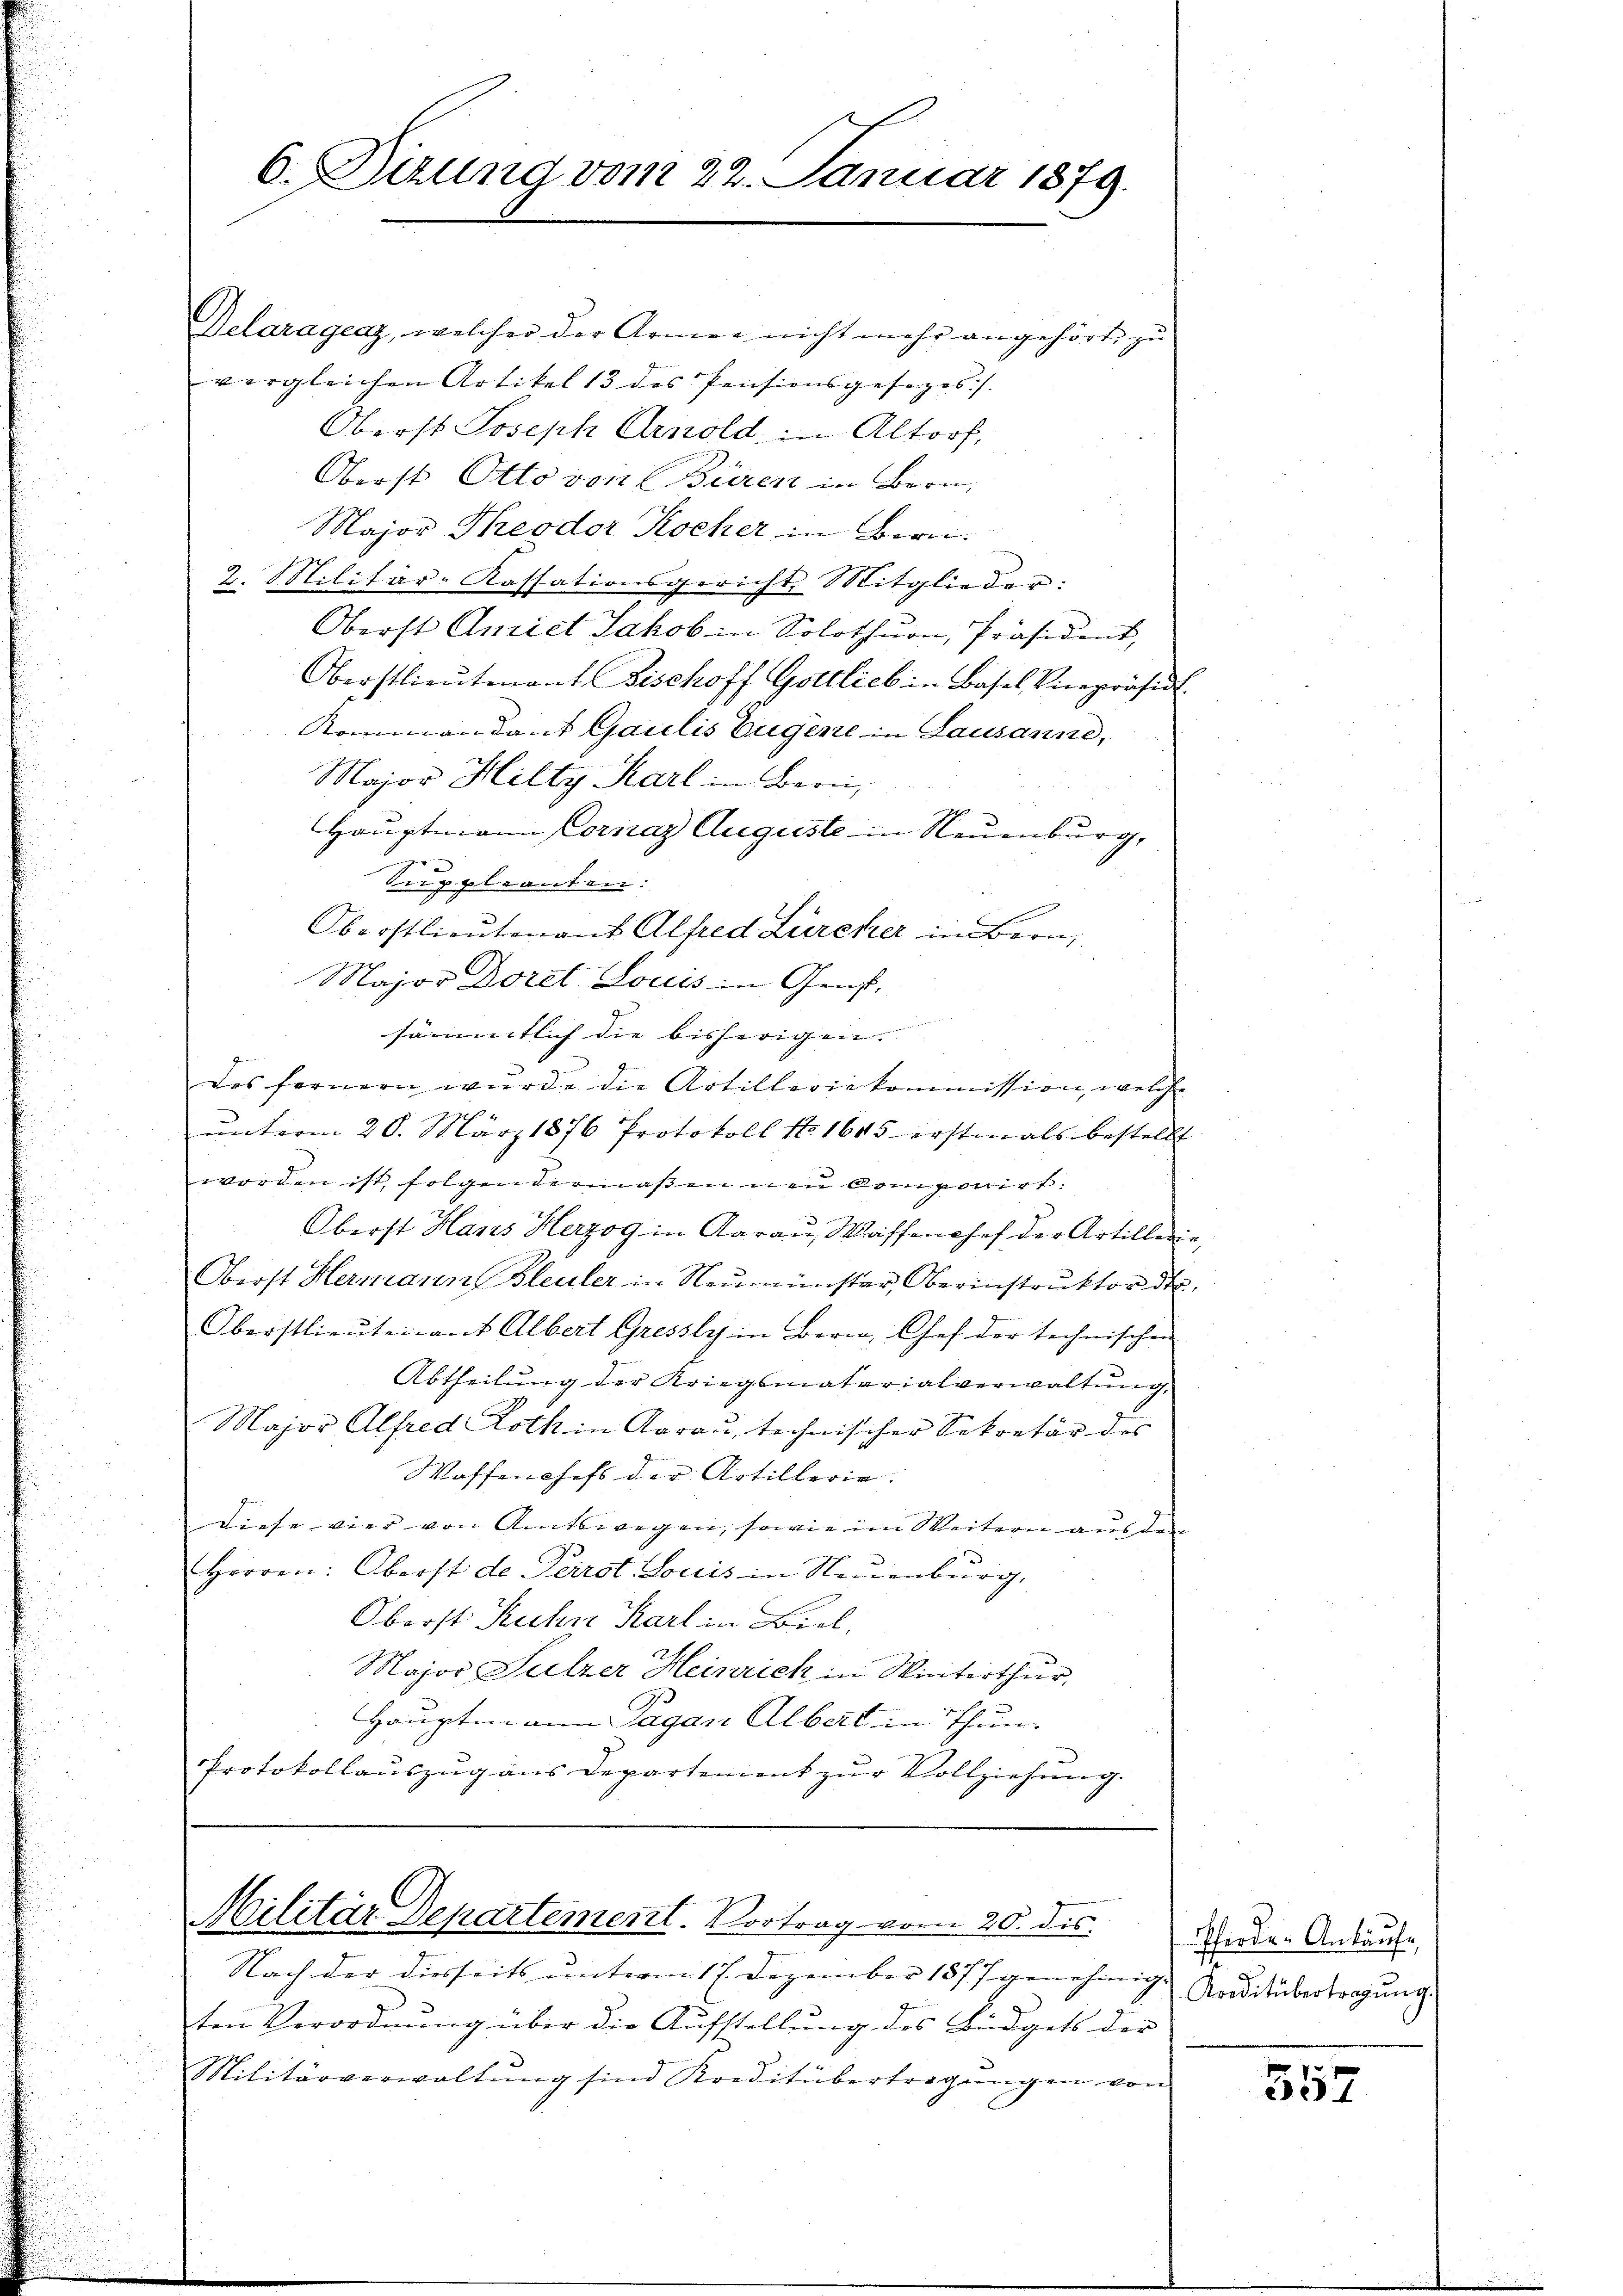
6. Dizung vom 22. Januar 1879.

Delaragenz, welcher der Armee nicht mehr angehörte zu
vergleichen Artikel 13 des Pensionsgesages.). |
Oberst Joseph Arnold in Altorf,
Oberst Otto von Büren in Bern,
Major Theodor Kocher in Bern.
2. Militär-Kassationsgericht Mitglieder:
Oberst Anriet Jakob in Solothurn, Präsident,
Oberstlieutenant Bischoff Gottlieb in Basel, Vicepräsid.
Rommandant Gaulis Eugene in Lausanne,
Major Hilty Karl in Bern,
Hauptmann Cornaz Auguste in Neuenburg,
g
 p. gebranten:
Oberstlieutenant Alfred Zürcher in Bern,
Major Doret. Louis in Genf,
.
sämmtlich die bisherigen. |
des fernern wurde die Artilleriekommission, welche
ŭnterm 26. März 1876 Protokoll No 1645 erstmals bestellt
worden ist, folgen dermaßen neu componirt:
Oberst Hans Herzog in Aarau, Wassenohef der Artillerie,
Oberst Hermann Bleuler in Neumünster, Oberinstruktor de
Oberstlieutenant Albert Gressly in Bern, Chef der technischen
Abtheilung der Kriegsmatarialverwaltung,
Major Alfred Roth in Aarau, technischer Sekretär des
Waffenchefs der Artillerie.
Diese vier von Amtswegen, sowie im Weitern aus der
Herren: Oberst de Perrot. Louis in Neuenburg,
Oberst Rechn Karl in Biel,
Major Sulzer Heinrich in Winterthur,
Hauptmann Tagan Albert in Thun.
Protokollaŭszŭg ans Departement zŭr Vollziehung.

Militär Departement. Vortrag vom 20. dis

Nach der diesseits unterm 17. Dezember 1877 genehmig
ten Verordnŭng über die Aŭfstellŭng des Büdgets der
Militärverwaltŭng sind Kreditübertragŭngen von

Pferde-Ankäufe,
Kreditübertragŭng.

357